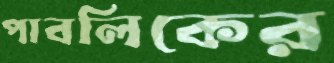
পাবলিকের